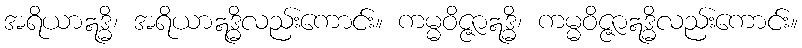
အရိယာဣဒ္ဓိ၊ အရိယာဣဒ္ဓိလည်းကောင်း။ ကမ္မဝိဇ္ဇာဣဒ္ဓိ၊ ကမ္မဝိဇ္ဇာဣဒ္ဓိလည်းကောင်း။